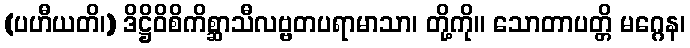
(ပဟီယတိ၊) ဒိဋ္ဌိဝိစိကိစ္ဆာသီလဗ္ဗတပရာမာသာ၊ တို့ကို။ သောတာပတ္တိ မဂ္ဂေန၊